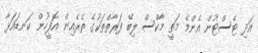
އަދި ޓެސްޓުން އެންމެ މަތީ މާކްސް ލިބޭ ފަރާތްތަކުގެ ތެރެއިން އޮފީހުން ކަނޑައަޅާ